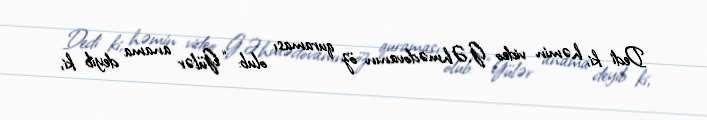
Dedi ki, həmin video G.Əhmədovanın öz quraması olub: “Gülər anama deyib ki,